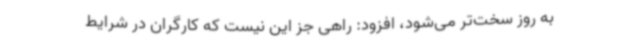
به روز سخت‌تر می‌شود، افزود: راهی جز این نیست که کارگران در شرایط